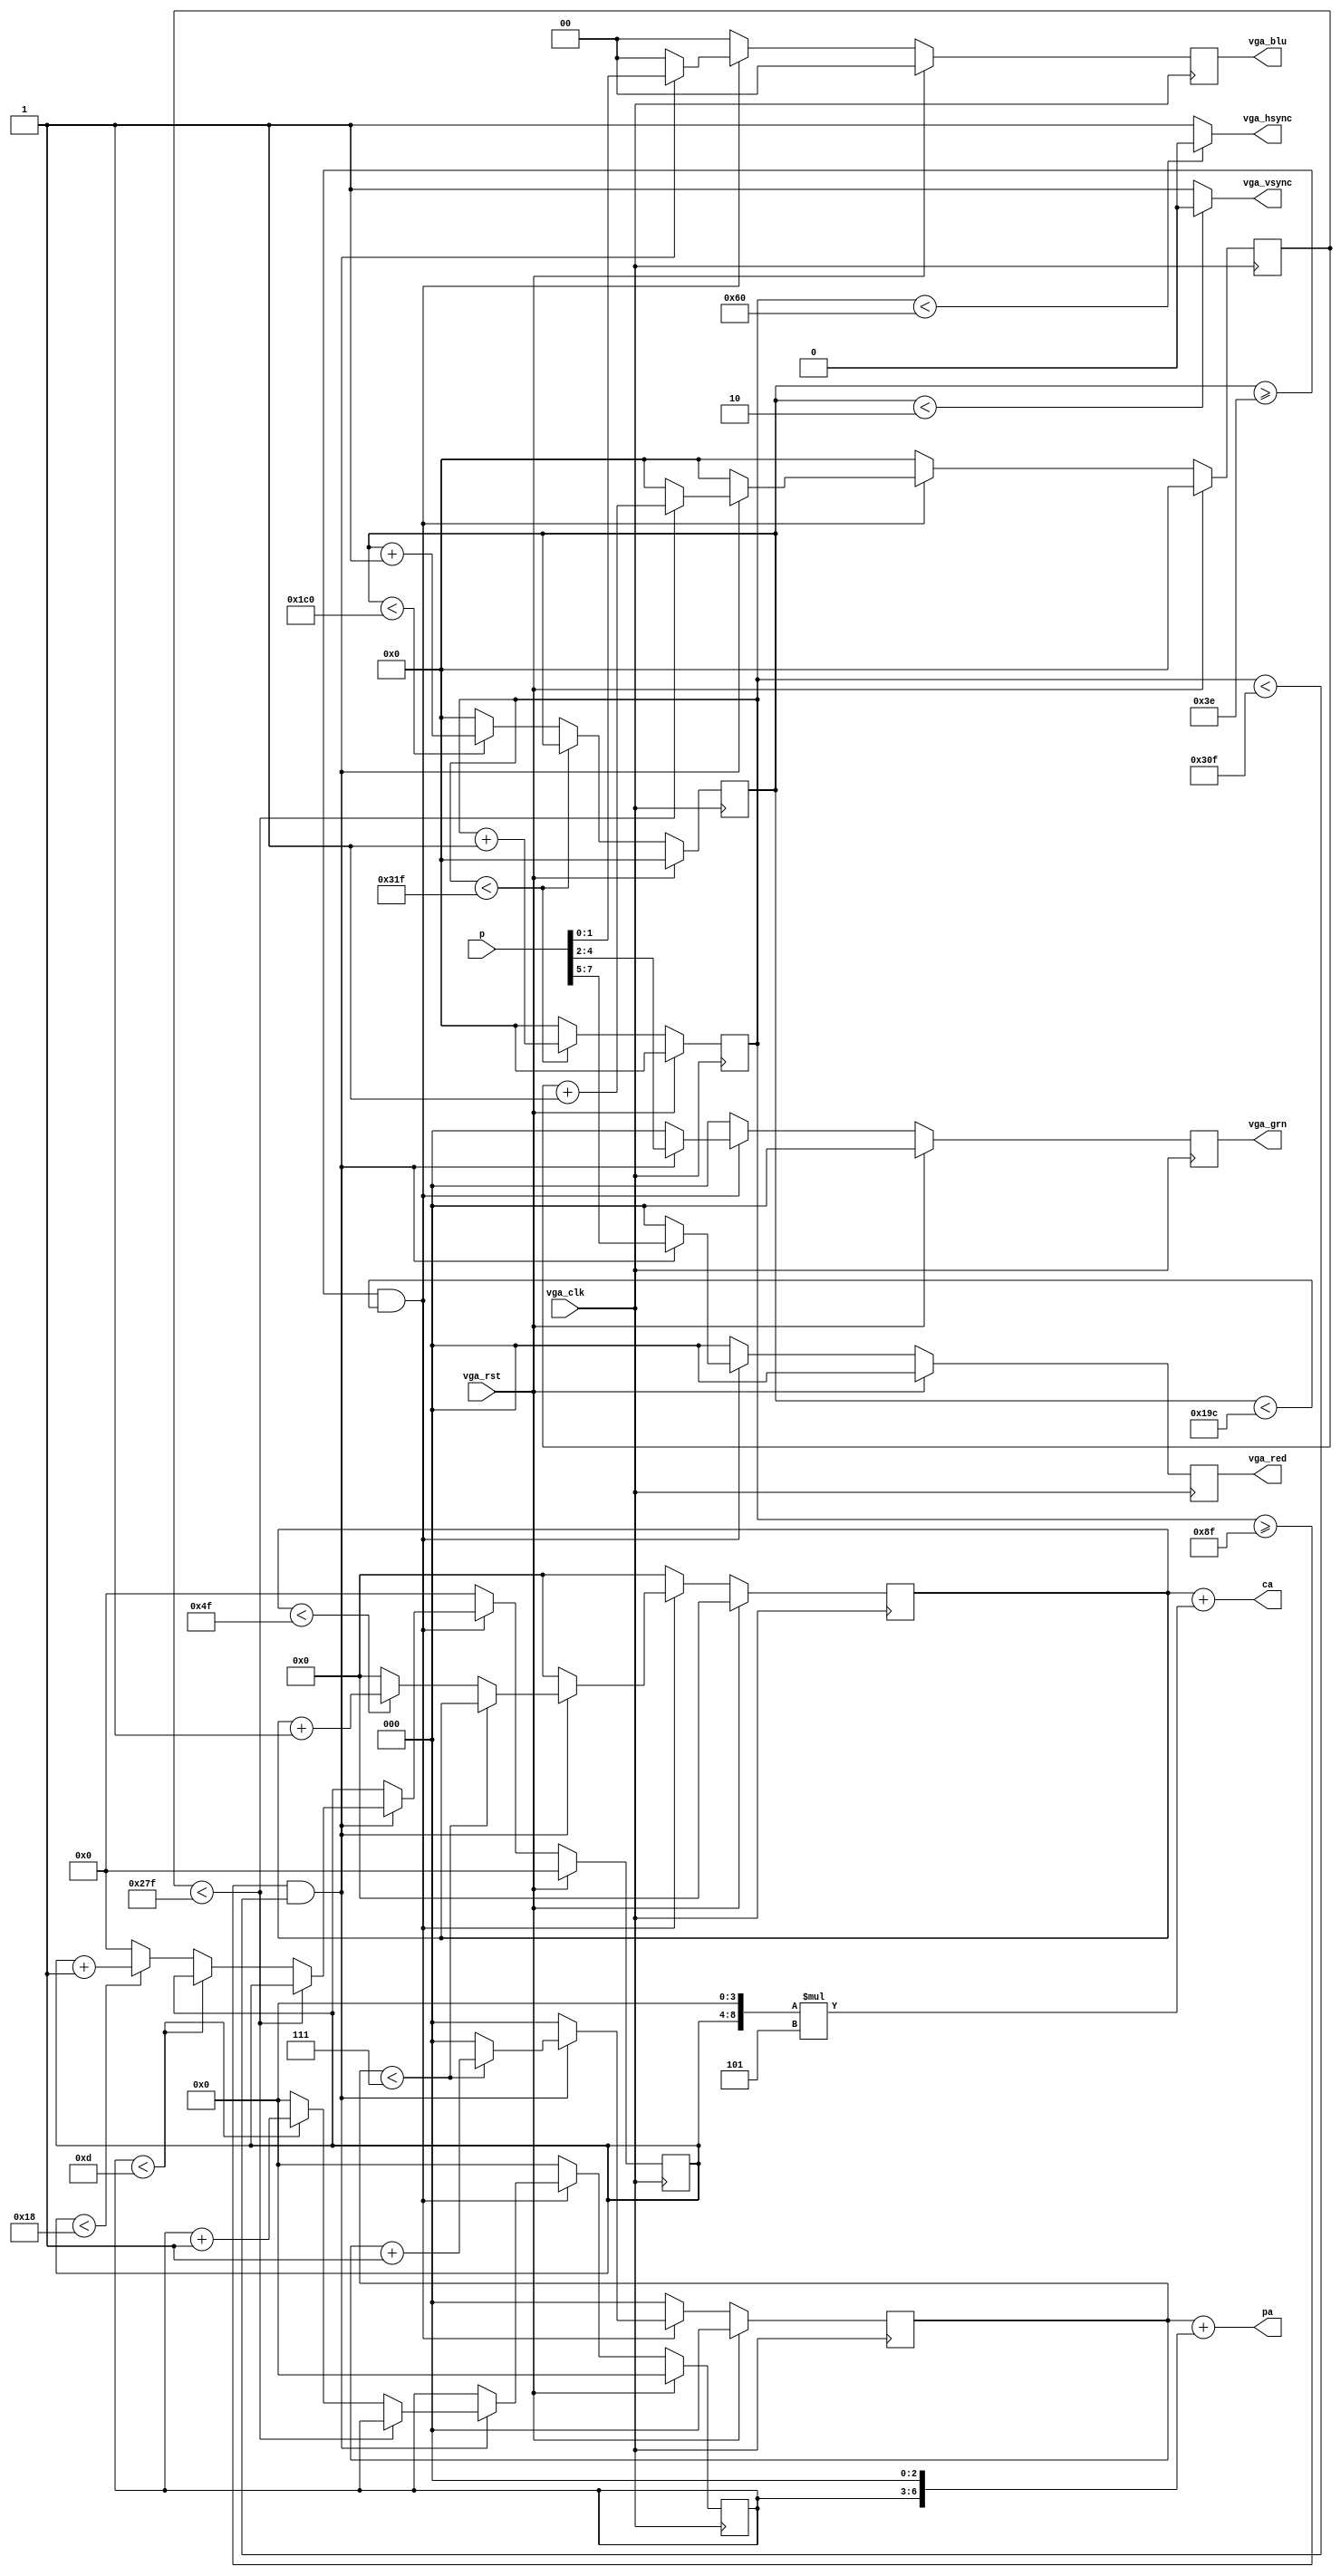
/*
Copyright (C) 2015  Benot Morgan

This file is part of vga-text-mode.

vga-text-mode is free software: you can redistribute it and/or modify
it under the terms of the GNU General Public License as published by
the Free Software Foundation, either version 3 of the License, or
(at your option) any later version.

vga-text-mode is distributed in the hope that it will be useful,
but WITHOUT ANY WARRANTY; without even the implied warranty of
MERCHANTABILITY or FITNESS FOR A PARTICULAR PURPOSE.  See the
GNU General Public License for more details.

You should have received a copy of the GNU General Public License
along with vga-text-mode.  If not, see <http://www.gnu.org/licenses/>.
*/

/**
 * Video mode VGA 640x350
 * Font size is 814
 * vga_clk @ 25MHz
 * http://www.javiervalcarce.eu/html/vga-signal-format-timming-specs-en.html
 */
module vga_video (
  // VGA interface
  input vga_clk,
  input vga_rst,
  output reg [2:0] vga_red,
  output reg [2:0] vga_grn,
  output reg [1:0] vga_blu,
  output vga_hsync,
  output vga_vsync,
  // Pixel interface
  output [6:0] pa,
  output [10:0] ca,
  input [7:0] p
);

reg [9:0] hc;
reg [9:0] vc;

// Caracter counters
reg [6:0] cx;
reg [4:0] cy;

// Pixel counters
reg [9:0] lx;
reg [2:0] px;
reg [3:0] py;

task init_vga;
begin
  hc <= 10'b0;
  vc <= 10'b0;
  cx <= 7'b0;
  cy <= 5'b0;
  px <= 3'b0;
  py <= 4'b0;
  lx <= 10'b0;
  vga_red <= 3'b000;
  vga_grn <= 3'b000;
  vga_blu <= 2'b00;
end
endtask

initial begin
  init_vga;
end

/**
 * Horizontal & vertical counters
 * cf. Nexys3_rm p17
 * see http://embdev.net/topic/296862
 */
always @(posedge vga_clk) begin
  if (vga_rst) begin
    init_vga;
  end else begin
    // Counters
    if (hc < 10'h31f) begin
      hc <= hc + 1'b1; // Increment pixels
    end else begin
      hc <= 10'b0;
      if (vc < 10'h1c0) begin
        vc <= vc + 1'b1; // Increment lines
      end else begin
        vc <= 10'b0;
      end
    end
    // Pixel and carater counters
    if (vc >= 10'h3e && vc < 10'h19c) begin
      // On commence un coup avant pour ne pas oublier la premire ligne du
      // premier pixel
      if (hc >= 10'h8f && hc < 10'h30f) begin
        // Pixel counter
        // px
        if (px < 3'h7) begin // 8 - 1
          px <= px + 1'b1;
        end else begin
          px <= 3'b0;
          // cx
          if (cx < 7'h4f) begin // 80 - 1
            cx <= cx + 1'b1;
          end else begin
            cx <= 7'b0;
          end
        end
        if (lx < 10'h27f) begin // 640 - 1
          lx <= lx + 1'b1;
        end else begin
          lx <= 10'b0;
          // py
          if (py < 4'hd) begin // 14 - 1
            py <= py + 1'b1;
          end else begin
            py <= 4'h0;
            // cy
            if (cy < 5'h18) begin // 25 - 1
              cy <= cy + 1'b1;
            end else begin
              cy <= 5'b0;
            end
          end
        end
        // Display pixels
        vga_red <= p[7:5];
        vga_grn <= p[4:2];
        vga_blu <= p[1:0];
      end else begin
        // Reset after a line
        vga_red <= 3'b000;
        vga_grn <= 3'b000;
        vga_blu <= 2'b00;
        px <= 3'b0;
        lx <= 10'b0;
        cx <= 7'b0;
      end
    end else begin
      // Reset for the whole screen
      py <= 4'h0;
      cy <= 5'b0;
      vga_red <= 3'b000;
      vga_grn <= 3'b000;
      vga_blu <= 2'b00;
      px <= 3'b0;
      lx <= 10'b0;
      cx <= 7'b0;
    end
  end
end

// Compute the pixel inside address
assign pa = px + (py << 3); // * 8
// Compute the caracter address
assign ca = cx + (cy << 4) * 5; // * 80

/**
 * Pulse the synchronization signals
 */
assign vga_hsync = (hc < 10'h60) ? 1'b0 : 1'b1;
assign vga_vsync = (vc < 10'h2) ? 1'b0 : 1'b1;

endmodule